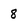
Character: 8